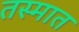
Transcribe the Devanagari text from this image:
तस्मात